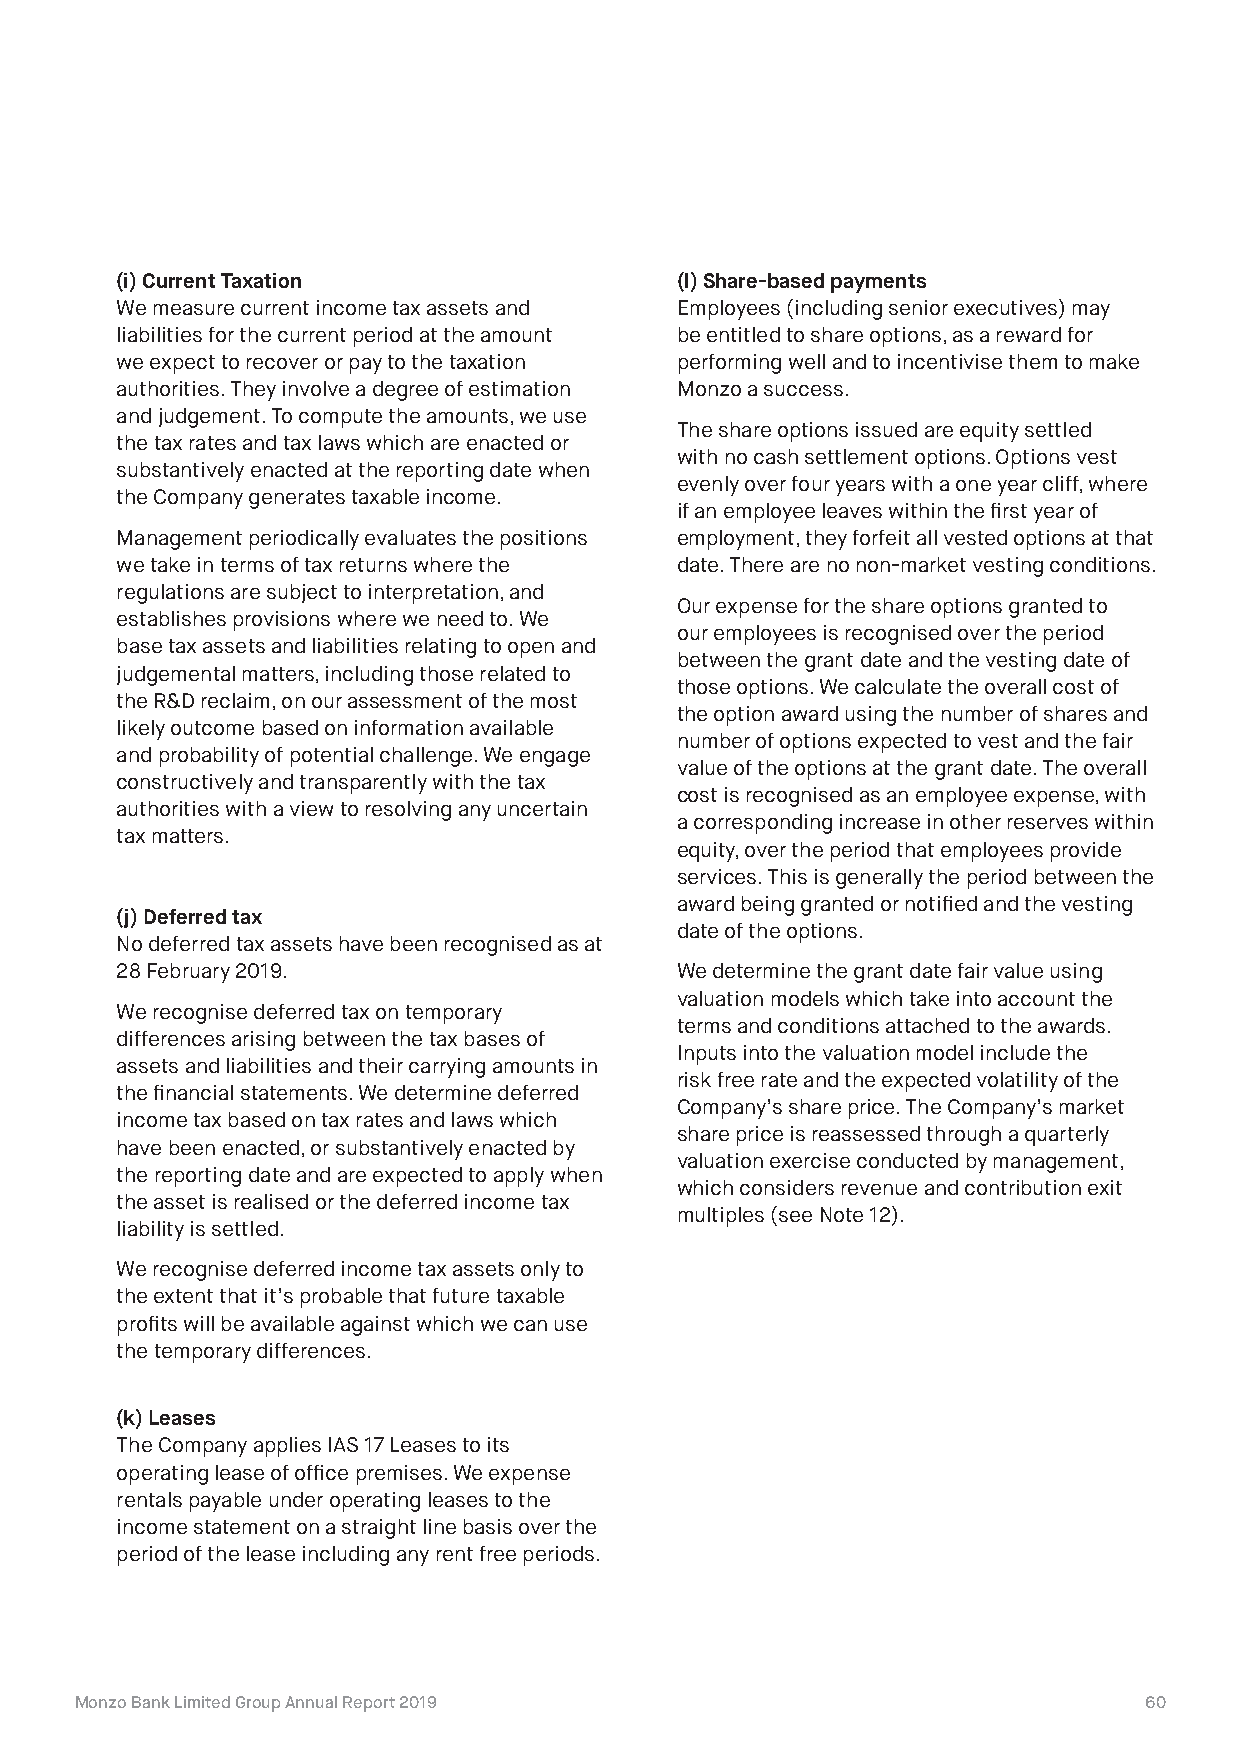
(i) Current Taxation                 (l) Share-based payments
 We measure current income tax assets and Employees (including senior executives) may
 liabilities for the current period at the amount be entitled to share options, as a reward for
 we expect to recover or pay to the taxation performing well and to incentivise them to make
 authorities. They involve a degree of estimation Monzo a success.
 and judgement. To compute the amounts, we use
 The share options issued are equity settled
 the tax rates and tax laws which are enacted or
 with no cash settlement options. Options vest
 substantively enacted at the reporting date when
 evenly over four years with a one year cliff, where
 the Company generates taxable income.
 if an employee leaves within the first year of
 Management periodically evaluates the positions employment, they forfeit all vested options at that
 we take in terms of tax returns where the date. There are no non-market vesting conditions.
 regulations are subject to interpretation, and
 Our expense for the share options granted to
 establishes provisions where we need to. We
 our employees is recognised over the period
 base tax assets and liabilities relating to open and
 between the grant date and the vesting date of
 judgemental matters, including those related to
 those options. We calculate the overall cost of
 the R&D reclaim, on our assessment of the most
 the option award using the number of shares and
 likely outcome based on information available
 number of options expected to vest and the fair
 and probability of potential challenge. We engage
 value of the options at the grant date. The overall
 constructively and transparently with the tax
 cost is recognised as an employee expense, with
 authorities with a view to resolving any uncertain
 a corresponding increase in other reserves within
 tax matters.
 equity, over the period that employees provide
 services. This is generally the period between the
 award being granted or notified and the vesting
 (j) Deferred tax
 date of the options.
 No deferred tax assets have been recognised as at
 28 February 2019.                    We determine the grant date fair value using
 valuation models which take into account the
 We recognise deferred tax on temporary
 terms and conditions attached to the awards.
 differences arising between the tax bases of
 Inputs into the valuation model include the
 assets and liabilities and their carrying amounts in
 risk free rate and the expected volatility of the
 the financial statements. We determine deferred
 Company’s share price. The Company’s market
 income tax based on tax rates and laws which
 share price is reassessed through a quarterly
 have been enacted, or substantively enacted by
 valuation exercise conducted by management,
 the reporting date and are expected to apply when
 which considers revenue and contribution exit
 the asset is realised or the deferred income tax
 multiples (see Note 12).
 liability is settled.
 We recognise deferred income tax assets only to
 the extent that it’s probable that future taxable
 profits will be available against which we can use
 the temporary differences.
 (k) Leases
 The Company applies IAS 17 Leases to its
 operating lease of office premises. We expense
 rentals payable under operating leases to the
 income statement on a straight line basis over the
 period of the lease including any rent free periods.
 Monzo Bank Limited Group Annual Report 2019                            60